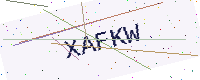
Text: XAFKW